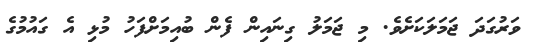
ވަރުގަދަ ޖަމަލަކަށެވެ. މި ޖަމަލު ގިނައިން ފެން ބުއިމަށްފަހު މުޅި އެ ގައުމުގެ